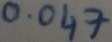
Text: 0.047